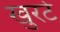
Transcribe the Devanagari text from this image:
खुरटे